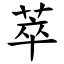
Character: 萃